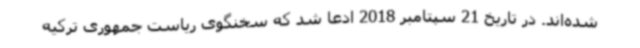
شده‌اند. در تاریخ 21 سپتامبر 2018 ادعا شد که سخنگوی ریاست جمهوری ترکیه